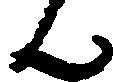
ん